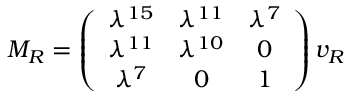
M _ { R } = \left( \begin{array} { c c c } { { \lambda ^ { 1 5 } } } & { { \lambda ^ { 1 1 } } } & { { \lambda ^ { 7 } } } \\ { { \lambda ^ { 1 1 } } } & { { \lambda ^ { 1 0 } } } & { { 0 } } \\ { { \lambda ^ { 7 } } } & { { 0 } } & { { 1 } } \end{array} \right) v _ { R }